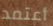
أعتمد